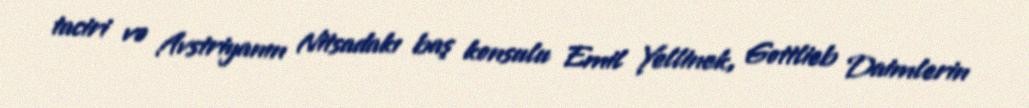
taciri və Avstriyanın Nitsadakı baş konsulu Emil Yellinek, Gottlieb Daimlerin